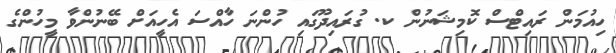
ހިއުމަން ރައިޓްސް ކޮމިޝަނުން ކ. ގުރައިދޫގައި ހުންނަ ހާއްސަ އެހީއަށް ބޭނުންވާ މީހުންގެ